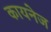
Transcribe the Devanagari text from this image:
कायनेज